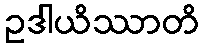
ဥဒါယိဿာတိ